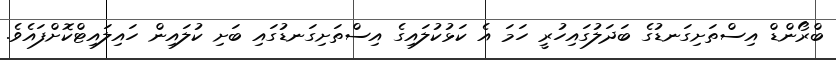
ބްރޯންޑް އިސްތަށިގަނޑުގެ ބަދަލުގައިހުރީ ހަމަ އެ ކަޅުކުލައިގެ އިސްތަށިގަނޑުގައި ބަށި ކުލައިން ހައިލައިޓްކޮށްފައެވެ.